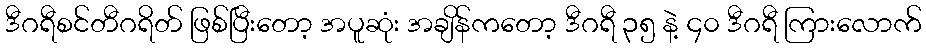
ဒီဂရီစင်တီဂရိတ် ဖြစ်ပြီးတော့ အပူဆုံး အချိန်ကတော့ ဒီဂရီ ၃၅ နဲ့ ၄၀ ဒီဂရီ ကြားလောက်